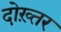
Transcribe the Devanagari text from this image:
दोख़्तर